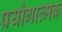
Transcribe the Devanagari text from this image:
प्रयौगात्मक